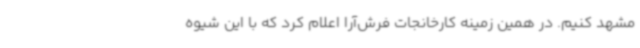
مشهد کنیم. در همین زمینه کارخانجات فرش‌آرا اعلام کرد که با این شیوه